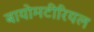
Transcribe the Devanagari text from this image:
बायोमटीरियल